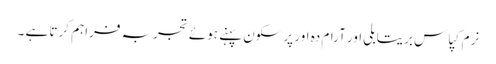
نرم کپاس بریتابلی اور آرام دہ اور پرسکون پہنے ہوئے تجربہ فراہم کرتا ہے ۔